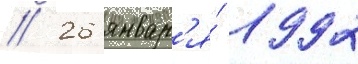
// 26 январ'я́ 1992